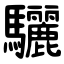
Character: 驪